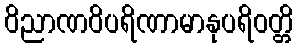
ဝိညာဏဝိပရိဏာမာနုပရိဝတ္တိ